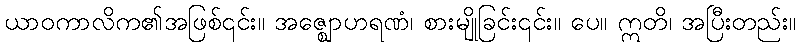
ယာဝကာလိက၏အဖြစ်၎င်း။ အဇ္ဈောဟရဏံ၊ စားမျိုခြင်း၎င်း။ ပေ။ ဣတိ၊ အပြီးတည်း။